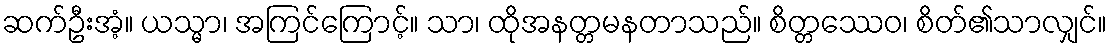
ဆက်ဦးအံ့။ ယသ္မာ၊ အကြင်ကြောင့်။ သာ၊ ထိုအနတ္တမနတာသည်။ စိတ္တဿေဝ၊ စိတ်၏သာလျှင်။